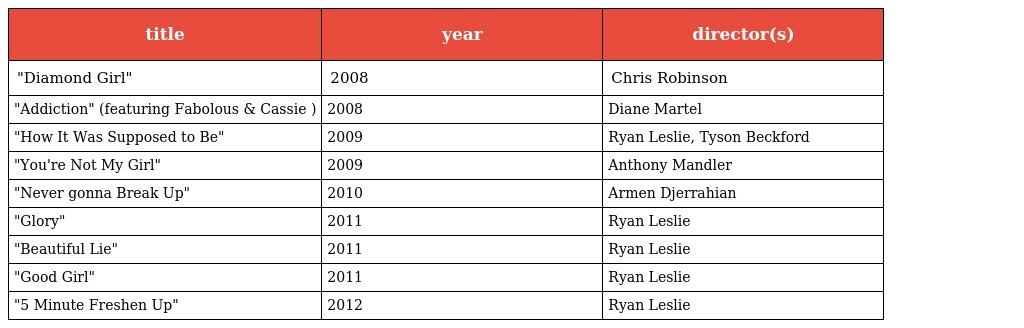
| title | year | director(s) |
 | --- | --- | --- |
 | "Diamond Girl" | 2008 | Chris Robinson |
 | "Addiction" (featuring Fabolous & Cassie ) | 2008 | Diane Martel |
 | "How It Was Supposed to Be" | 2009 | Ryan Leslie, Tyson Beckford |
 | "You're Not My Girl" | 2009 | Anthony Mandler |
 | "Never gonna Break Up" | 2010 | Armen Djerrahian |
 | "Glory" | 2011 | Ryan Leslie |
 | "Beautiful Lie" | 2011 | Ryan Leslie |
 | "Good Girl" | 2011 | Ryan Leslie |
 | "5 Minute Freshen Up" | 2012 | Ryan Leslie |